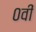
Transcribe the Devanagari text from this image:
०वीं